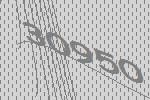
30950